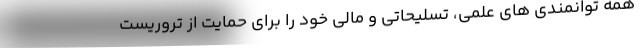
همه توانمندی های علمی، تسلیحاتی و مالی خود را برای حمایت از تروریست